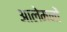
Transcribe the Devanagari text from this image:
आलेमनों